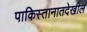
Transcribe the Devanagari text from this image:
पाकिस्तानातदेखील